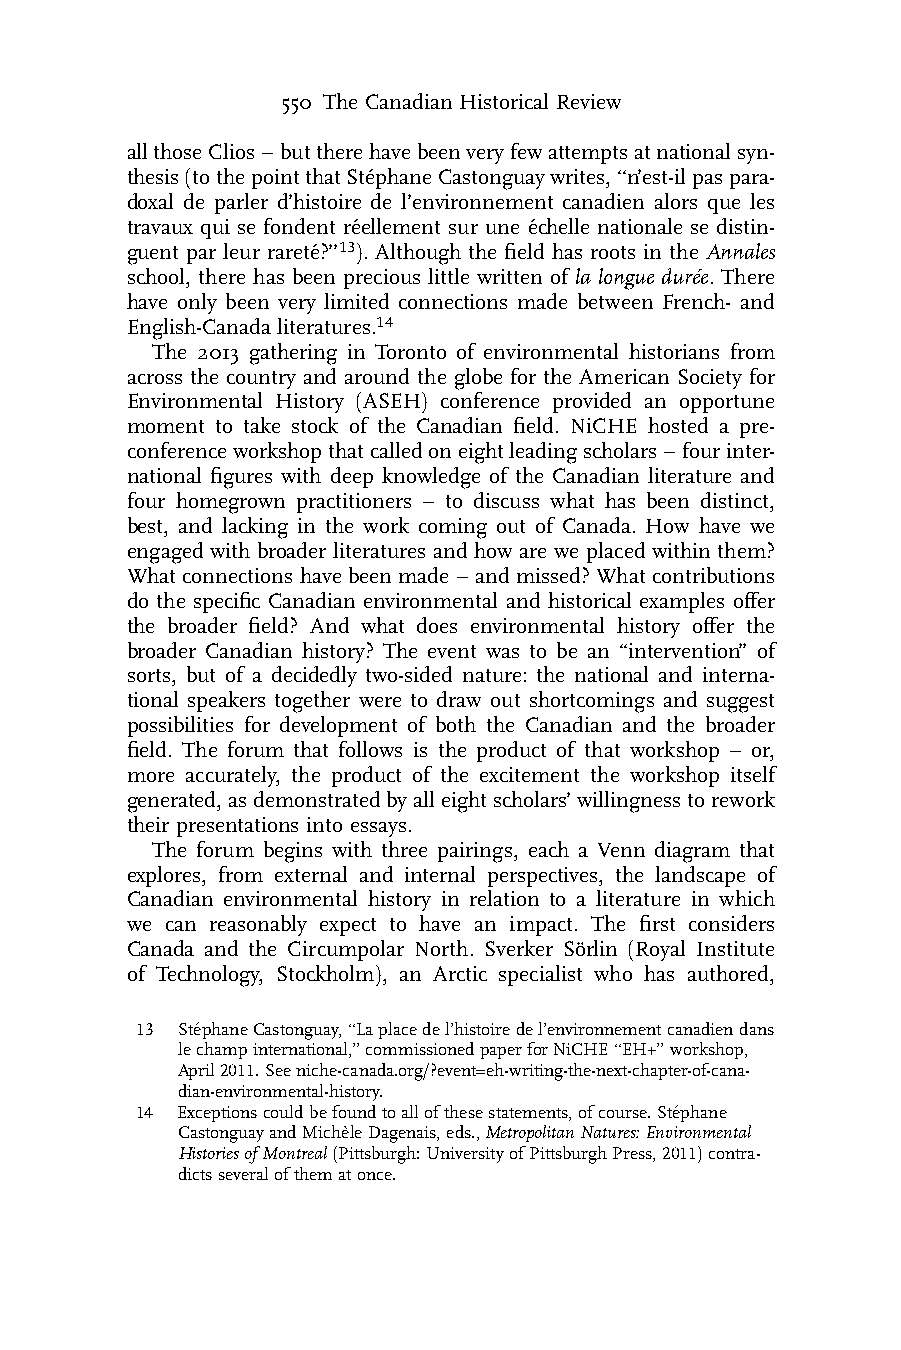
550 The Canadian Historical Review
 allthoseClios – buttherehavebeenveryfewattemptsatnationalsyn-
 thesis(tothepointthatSte´phaneCastonguaywrites,‘‘n’est-ilpaspara-
 doxal de parler d’histoire de l’environnement canadien alors que les
 travaux qui se fondent re´ellement sur une e´chelle nationale se distin-
 guent par leur rarete´?’’13). Although the field has roots in the Annales
 school, there has been precious little written of la longue dure´e. There
 have only been very limited connections made between French- and
 English-Canada literatures.14
 The 2013 gathering in Toronto of environmental historians from
 across the country and around the globe for the American Society for
 Environmental History (ASEH) conference provided an opportune
 moment to take stock of the Canadian field. NiCHE hosted a pre-
 conferenceworkshopthatcalledoneightleadingscholars – fourinter-
 national figures with deep knowledge of the Canadian literature and
 four homegrown practitioners – to discuss what has been distinct,
 best, and lacking in the work coming out of Canada. How have we
 engaged with broader literatures and how are we placed within them?
 What connections have been made – and missed? What contributions
 do the specific Canadian environmental and historical examples offer
 the broader field? And what does environmental history offer the
 broader Canadian history? The event was to be an ‘‘intervention’’ of
 sorts, but of a decidedly two-sided nature: the national and interna-
 tional speakers together were to draw out shortcomings and suggest
 possibilities for development of both the Canadian and the broader
 field. The forum that follows is the product of that workshop – or,
 more accurately, the product of the excitement the workshop itself
 generated,asdemonstratedbyalleightscholars’willingnesstorework
 their presentations into essays.
 The forum begins with three pairings, each a Venn diagram that
 explores, from external and internal perspectives, the landscape of
 Canadian environmental history in relation to a literature in which
 we can reasonably expect to have an impact. The first considers
 Canada and the Circumpolar North. Sverker So¨rlin (Royal Institute
 of Technology, Stockholm), an Arctic specialist who has authored,
 13 Ste´phaneCastonguay,‘‘Laplacedel’histoiredel’environnementcanadiendans
 lechampinternational,’’commissionedpaperforNiCHE‘‘EH+’’workshop,
 April2011.Seeniche-canada.org/?event=eh-writing-the-next-chapter-of-cana-
 dian-environmental-history.
 14 Exceptionscouldbefoundtoallofthesestatements,ofcourse.Ste´phane
 CastonguayandMiche`leDagenais,eds.,MetropolitanNatures:Environmental
 HistoriesofMontreal(Pittsburgh:UniversityofPittsburghPress,2011)contra-
 dictsseveralofthematonce.